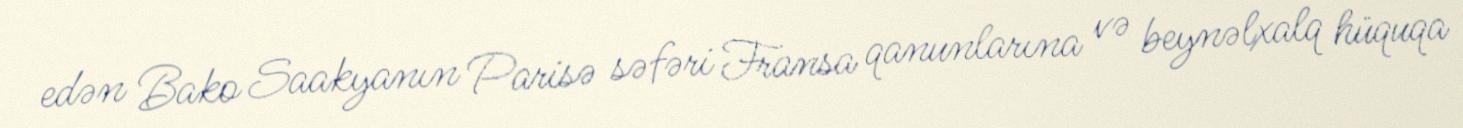
edən Bako Saakyanın Parisə səfəri Fransa qanunlarına və beynəlxalq hüquqa